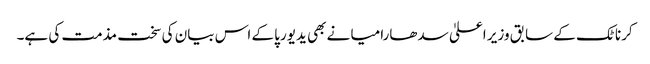
کرناٹک کے سابق وزیر اعلیٰ سدھارامیا نے بھی یدیورپا کے اس بیان کی سخت مذمت کی ہے۔